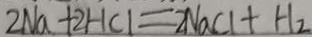
2 N a + 2 H C l = 2 N a C l + H _ { 2 }